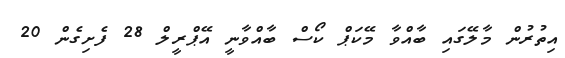
އިތުރުން މާލޭގައި ބާއްވާ މޭކަޕް ކޯސް ބާއްވާނީ އޭޕްރީލް 28 ފެށިގެން 20